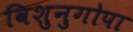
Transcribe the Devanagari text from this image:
विशुनुगोपा